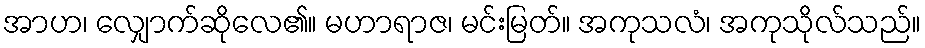
အာဟ၊ လျှောက်ဆိုလေ၏။ မဟာရာဇ၊ မင်းမြတ်။ အကုသလံ၊ အကုသိုလ်သည်။